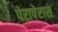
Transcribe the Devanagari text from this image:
पेरापेरास